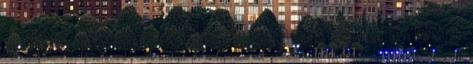
a dalt, de nem tehette, mert a Sony nem